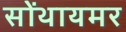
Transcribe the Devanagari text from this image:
सोंथायमर